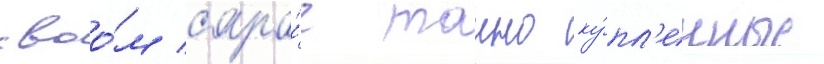
своо́м сара́е таино ку́пл'енные